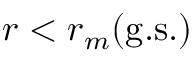
r < r _ { m } ( \mathrm { g . s . } )